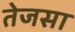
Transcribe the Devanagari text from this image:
तेजसा